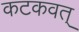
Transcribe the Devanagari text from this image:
कटकवत्